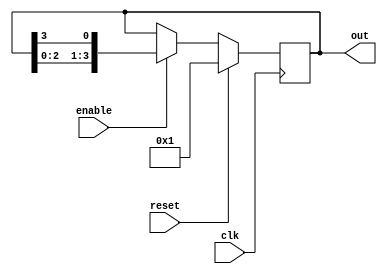
module ring_counter #(
    parameter N = 4  // Parameter to define the number of flip-flops
)(
    input wire clk,          // Clock signal
    input wire reset,        // Synchronous reset signal
    input wire enable,       // Enable signal
    output reg [N-1:0] out   // Output of the ring counter
);

    // Initial state of the ring counter
    initial begin
        out = 1'b1; // Start with the first flip-flop set to '1'
    end

    always @(posedge clk) begin
        if (reset) begin
            out <= 1'b1; // Reset the counter to the initial state
        end else if (enable) begin
            // Shift the '1' token to the left and wrap around
            out <= {out[N-2:0], out[N-1]}; // Shift left and wrap around
        end
    end

endmodule